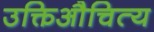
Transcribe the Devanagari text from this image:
उक्तिऔचित्य